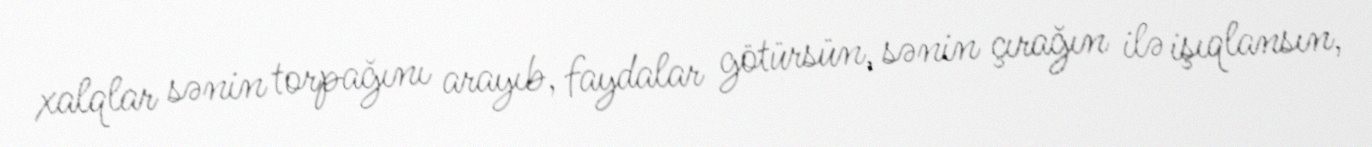
xalqlar sənin torpağını arayıb, faydalar götürsün, sənin çırağın ilə işıqlansın,